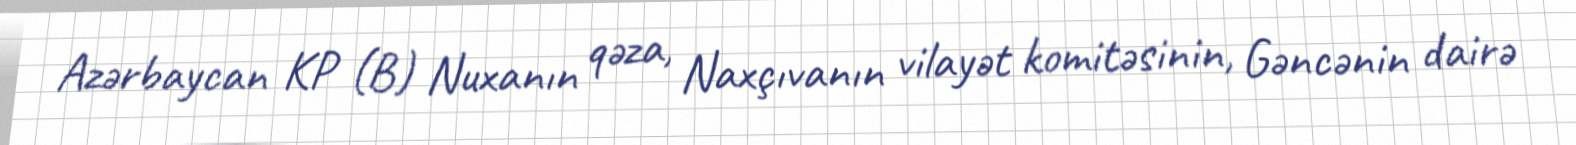
Azərbaycan KP (B) Nuxanın qəza, Naxçıvanın vilayət komitəsinin, Gəncənin dairə